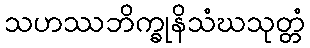
သဟဿဘိက္ခုနိသံဃသုတ္တံ